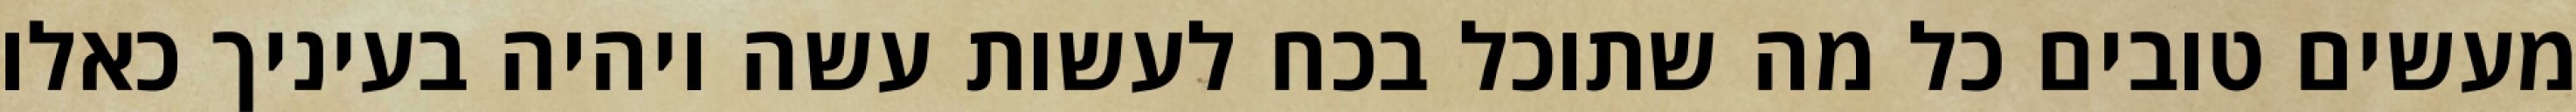
מעשים טובים כל מה שתוכל בכח לעשות עשה ויהיה בעיניך כאלו